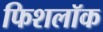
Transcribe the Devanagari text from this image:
फिशलॉक